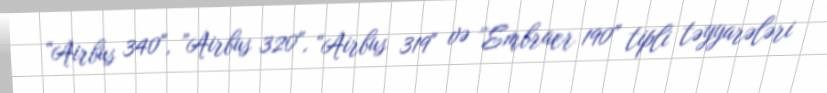
“Airbus 340", ”Airbus 320", “Airbus 319" və ”Embraer 190" tipli təyyarələri